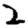
Digit: 2